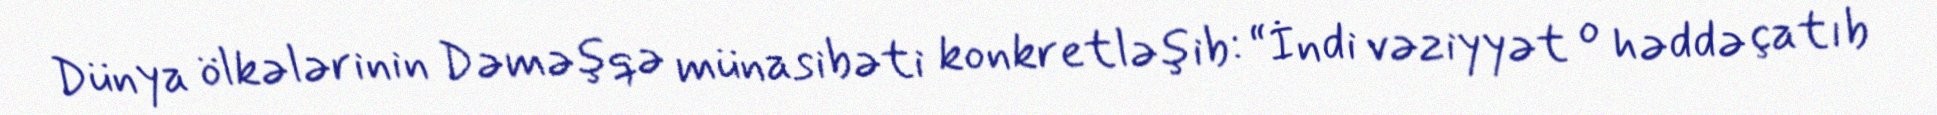
Dünya ölkələrinin Dəməşqə münasibəti konkretləşib: “İndi vəziyyət o həddə çatıb